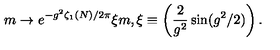
m \rightarrow e ^ { - g ^ { 2 } \zeta _ { 1 } ( N ) / 2 \pi } \xi m , \xi \equiv \left( \frac 2 { g ^ { 2 } } \sin ( g ^ { 2 } / 2 ) \right) .